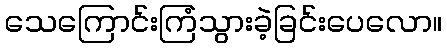
သေကြောင်းကြံသွားခဲ့ခြင်းပေလော။